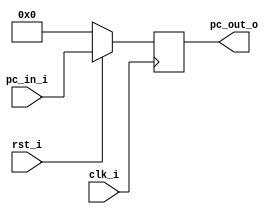
module ProgramCounter (
	input clk_i,
	input rst_i,
	input [31:0] pc_in_i,
	output reg [31:0] pc_out_o
);

always @(posedge clk_i) begin
	if (~rst_i)
		pc_out_o <= 0;
	else
		pc_out_o <= pc_in_i;
end

endmodule